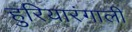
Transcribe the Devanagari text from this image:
हुरियारंगाली